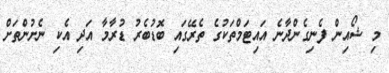
މި ޝޯއިން ފެނިގެންދާނެ އައިޓަމްތަކުގެ ތެރޭގައި ބޮޑުބެރު ޑުރާމާ އަދި އެކި ނެށުންތަށް